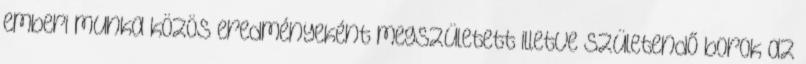
emberi munka közös eredményeként megszületett illetve születendő borok az